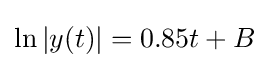
\ln |y(t)|=0.85t+B